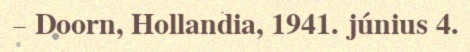
– Doorn, Hollandia, 1941. június 4.